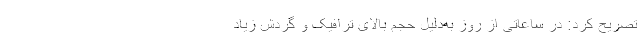
تصریح کرد: در ساعاتی از روز به‌دلیل حجم بالای ترافیک و گردش زیاد